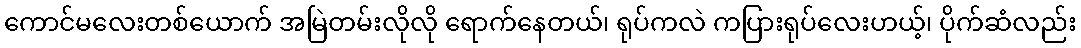
ကောင်မလေးတစ်ယောက် အမြဲတမ်းလိုလို ရောက်နေတယ်၊ ရုပ်ကလဲ ကပြားရုပ်လေးဟယ့်၊ ပိုက်ဆံလည်း